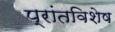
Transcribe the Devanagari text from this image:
प्रांतविशेष